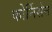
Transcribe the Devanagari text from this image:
कोर्निसेन